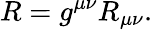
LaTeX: R=g^{\mu\nu}R_{\mu\nu}.